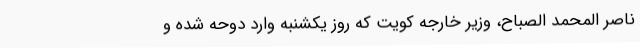
ناصر المحمد الصباح، وزیر خارجه کویت که روز یکشنبه وارد دوحه شده و